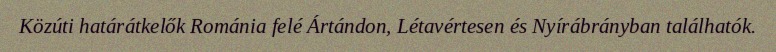
Közúti határátkelők Románia felé Ártándon, Létavértesen és Nyírábrányban találhatók.